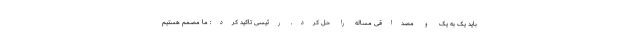
باید یک به یک و مصداقی مساله را حل کرد. رئیسی تاکید کرد: ما مصمم هستیم